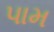
પામ